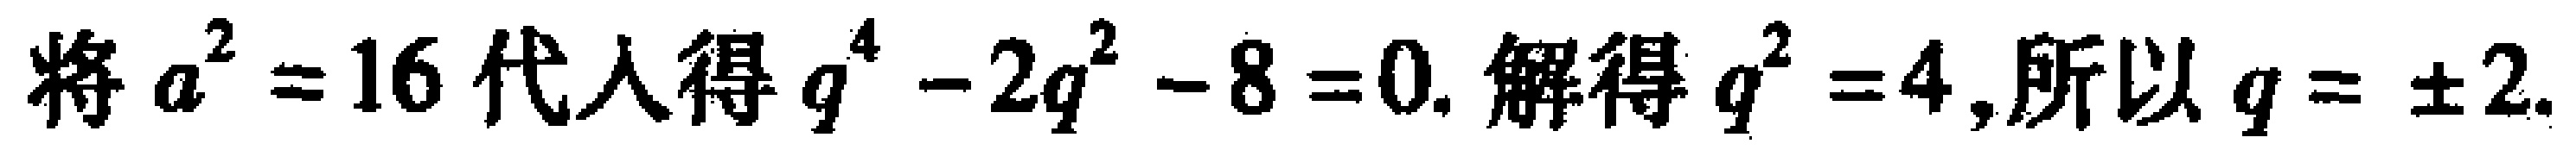
将$a^{2}=16$代入得$q^{4}-2q^{2}-8 = 0$. 解得$q^{2}=4$,所以$q=\pm2$.